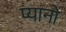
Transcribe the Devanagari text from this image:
प्यानो